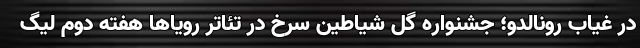
در غیاب رونالدو؛ جشنواره گل‌ شیاطین سرخ در تئاتر رویاها هفته دوم لیگ